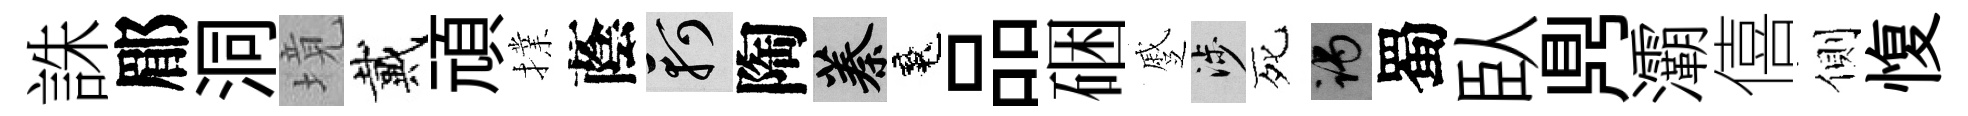
誅郿洞境戴頑擈蔭軻陶蓁魂品硱蹙涉死谒蜀臥𪔂灞僖側愎